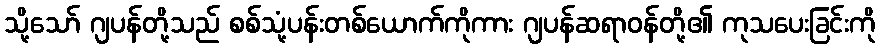
သို့သော် ဂျပန်တို့သည် စစ်သုံ့ပန်းတစ်ယောက်ကိုကား ဂျပန်ဆရာဝန်တို့၏ ကုသပေးခြင်းကို